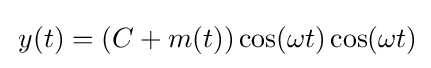
\,y(t)=(C+m(t))\cos(\omega t)\cos(\omega t)